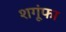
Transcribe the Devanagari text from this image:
शगूंफा